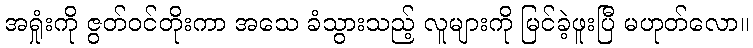
အရှုံးကို ဇွတ်ဝင်တိုးကာ အသေ ခံသွားသည့် လူများကို မြင်ခဲ့ဖူးပြီ မဟုတ်လော။